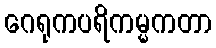
ဂေရုကပရိကမ္မကတာ